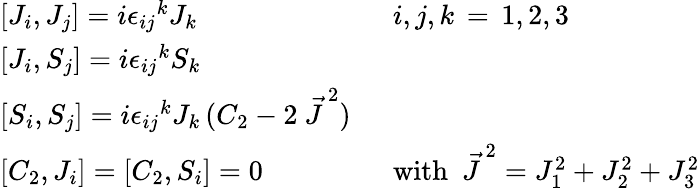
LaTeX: \begin{array}{ll}{{{[}J_{i},J_{j}]=i{\epsilon_{ij}}^{k}J_{k}}}&{{i,j,k\, =\, 1,2,3}}\\ {{{[}J_{i},S_{j}]=i{\epsilon_{ij}}^{k}S_{k}}}&{{}}\\ {{{[}S_{i},S_{j}]=i{\epsilon_{ij}}^{k}J_{k}\, (C_{2}-2\ {\vec{J}\, }^{2})\ \ }}&{{}}\\ {{{[}C_{2},J_{i}]=[C_{2},S_{i}]=0}}&{{\mathrm{with~}\ {\vec{J}\, }^{2}=J_{1}^{2}+J_{2}^{2}+J_{3}^{2}}}\end{array}